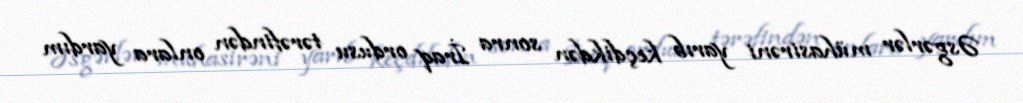
Əsgərlər mühasirəni yarıb keçdikdən sonra İraq ordusu tərəfindən onlara yardım